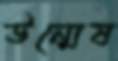
উন্মেষ